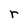
Character: r